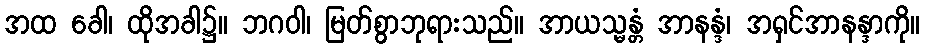
အထ ခေါ၊ ထိုအခါ၌။ ဘဂဝါ၊ မြတ်စွာဘုရားသည်။ အာယသ္မန္တံ အာနန္ဒံ၊ အရှင်အာနန္ဒာကို။